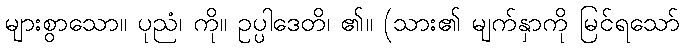
များစွာသော။ ပုညံ၊ ကို။ ဥပ္ပါဒေတိ၊ ၏။ (သား၏ မျက်နှာကို မြင်ရသော်